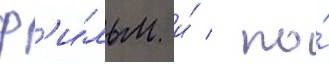
ф'и́льм и́ / по́